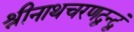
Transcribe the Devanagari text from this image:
श्रीनाथचरणद्वन्द्वं